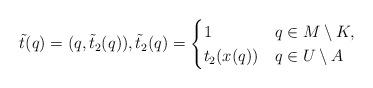
LaTeX: \begin{align*}\tilde t(q) = (q,\tilde t_2(q)), \tilde t_2(q) = \begin{cases}1 & q \in M \setminus K, \\t_2(x(q)) & q \in U \setminus A\end{cases}\end{align*}